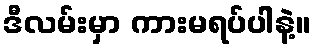
ဒီလမ်းမှာ ကားမရပ်ပါနဲ့။